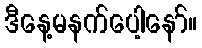
ဒီနေ့မနက်ပေါ့နော်။